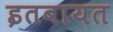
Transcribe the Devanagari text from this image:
इतबायत